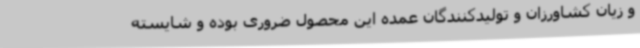
و زیان کشاورزان و تولیدکنندگان عمده این محصول ضروری بوده و شایسته